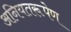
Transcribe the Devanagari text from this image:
अनियतरूपेण